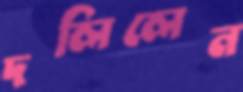
দলিলেন